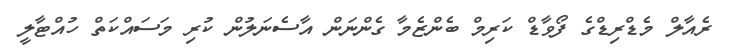
ރެއާލް މެޑްރިޑްގެ ފޯވާޑް ކަރިމް ބެންޒެމާ ގެންނަން އާސެނަލުން ކުރި މަސައްކަތް ހުއްޓާލީ